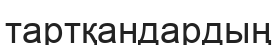
тартқандардың